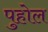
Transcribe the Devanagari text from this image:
पुहोल